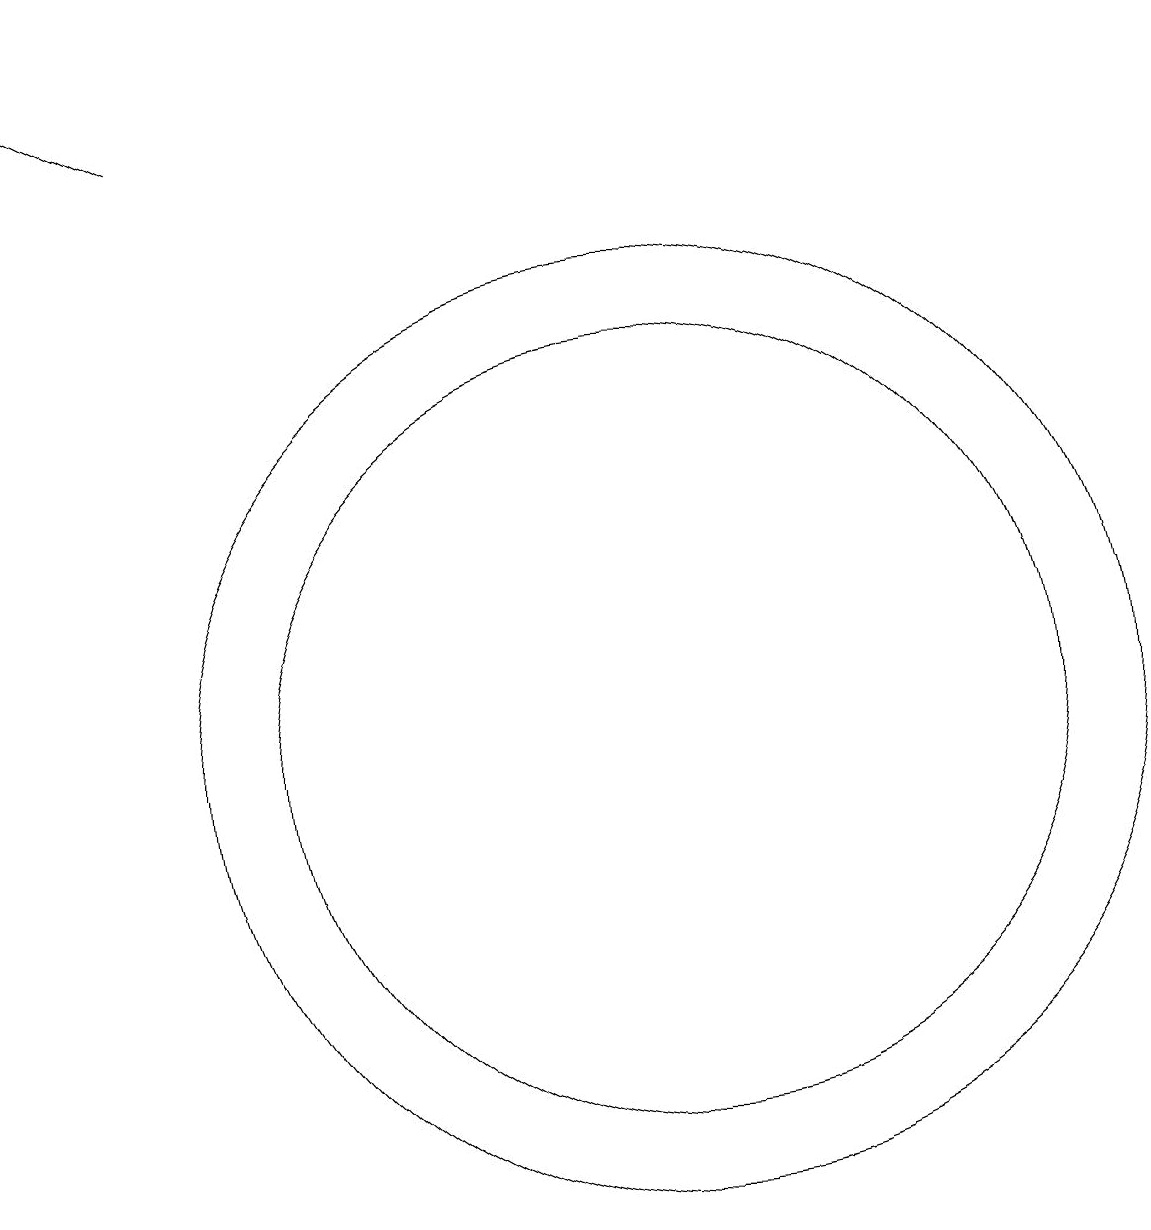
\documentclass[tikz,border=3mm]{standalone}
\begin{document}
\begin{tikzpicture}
\draw[->] (6,18) -- (4,19);
\draw (12,10) circle (6);
\draw (12,10) circle (5);
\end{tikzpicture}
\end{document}